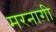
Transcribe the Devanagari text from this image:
मरनागी